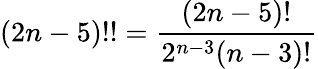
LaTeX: (2n-5)!!={\frac{(2n-5)!}{2^{n-3}(n-3)!}}